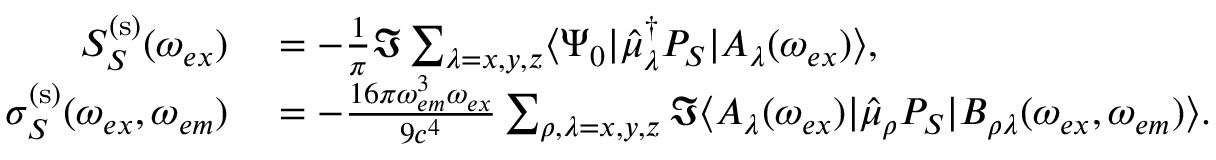
\begin{array} { r l } { S _ { S } ^ { \mathrm { ( s ) } } ( \omega _ { e x } ) } & { { } = - \frac { 1 } { \pi } \Im \sum _ { \lambda = x , y , z } \langle \Psi _ { 0 } | \hat { \mu } _ { \lambda } ^ { \dagger } P _ { S } | A _ { \lambda } ( \omega _ { e x } ) \rangle , } \\ { \sigma _ { S } ^ { \mathrm { ( s ) } } ( \omega _ { e x } , \omega _ { e m } ) } & { { } = - \frac { 1 6 \pi \omega _ { e m } ^ { 3 } \omega _ { e x } } { 9 c ^ { 4 } } \sum _ { \rho , \lambda = x , y , z } \Im \langle A _ { \lambda } ( \omega _ { e x } ) | \hat { \mu } _ { \rho } P _ { S } | B _ { \rho \lambda } ( \omega _ { e x } , \omega _ { e m } ) \rangle . } \end{array}